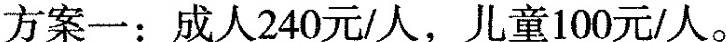
方案一：成人240元/人，儿童100元/人。